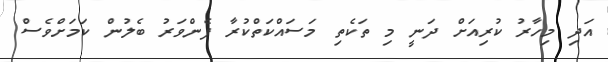
އަދި މިހާރު ކުރިއަށް ދަނީ މި ތަކެތި މަސައްކަތްކުރާ ފެންވަރު ބެލުން ކަަމަށްވެސް